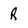
Character: R